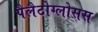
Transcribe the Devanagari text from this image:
पैलैटोग्लोसस